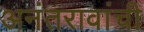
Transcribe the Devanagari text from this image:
अनंतरावांची